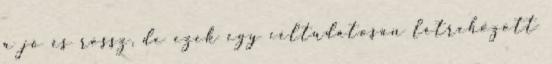
a jó és rossz, de ezek egy céltudatosan létrehozott